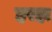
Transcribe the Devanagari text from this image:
हरहा